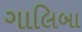
ગાલિબા